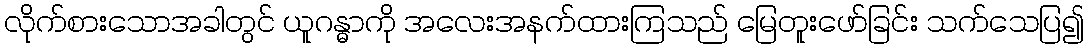
လိုက်စားသောအခါတွင် ယူဂန္ဓာကို အလေးအနက်ထားကြသည် မြေတူးဖော်ခြင်း သက်သေပြ၍